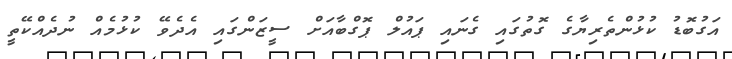
އަގުބޮޑު ކުޅުންތެރިޔާގެ ގޮތުގައި ގެނައި ޕައުލް ޕޮގްބާއަށް ސީޒަންގައި އެދެވޭ ކުޅުމެއް ނުދެއްކޭތީ